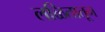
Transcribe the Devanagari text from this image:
लळितातून